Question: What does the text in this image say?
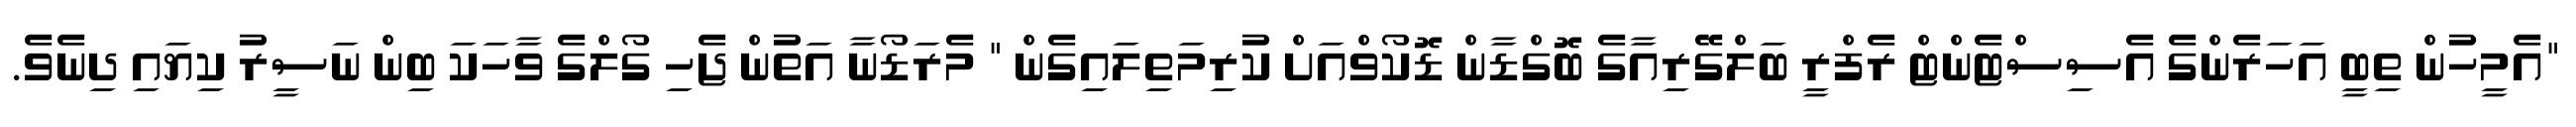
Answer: "އެމީހުން ތިބީ އަހަރެންގެ އެސިސްޓެންޓް ރެފްރީ ބަލްގޭރިއާގެ ބޮގްޑާން ޑޮކޯވްއަށް ކުރިމަތިލައިގެން " މެރަޑޯނާ އަތުން ޖެހި ގޯލްގެ ވާހަކަ ބިން ނަސީރު ކިޔައި ދިނެވެ.